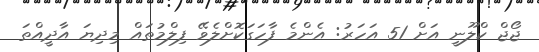
ޖޯޖް ކްލޫނީ އަށް 51 އަހަރު: އެންމެ ފާހަގަކޮށްލެވޭ ފިލްމުތައް މިދިޔަ އާދީއްތަ